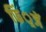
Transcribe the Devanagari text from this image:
फिं्रजें